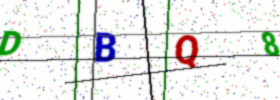
Text: DBQ8